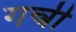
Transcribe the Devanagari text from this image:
गन्त्री